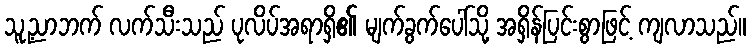
သူ့ညာဘက် လက်သီးသည် ပုလိပ်အရာရှိ၏ မျက်ခွက်ပေါ်သို့ အရှိန်ပြင်းစွာဖြင့် ကျလာသည်။